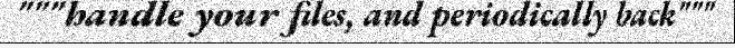
"""handle your files, and periodically back"""